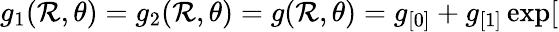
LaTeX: g_{1}(\mathcal{R},\theta)=g_{2}(\mathcal{R},\theta)=g(\mathcal{R},\theta)=g_{[0]}+g_{[1]}\exp[